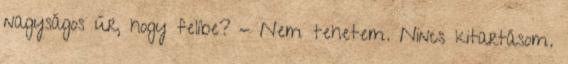
nagyságos úr, hogy felibe? - Nem tehetem. Nincs kitartásom.